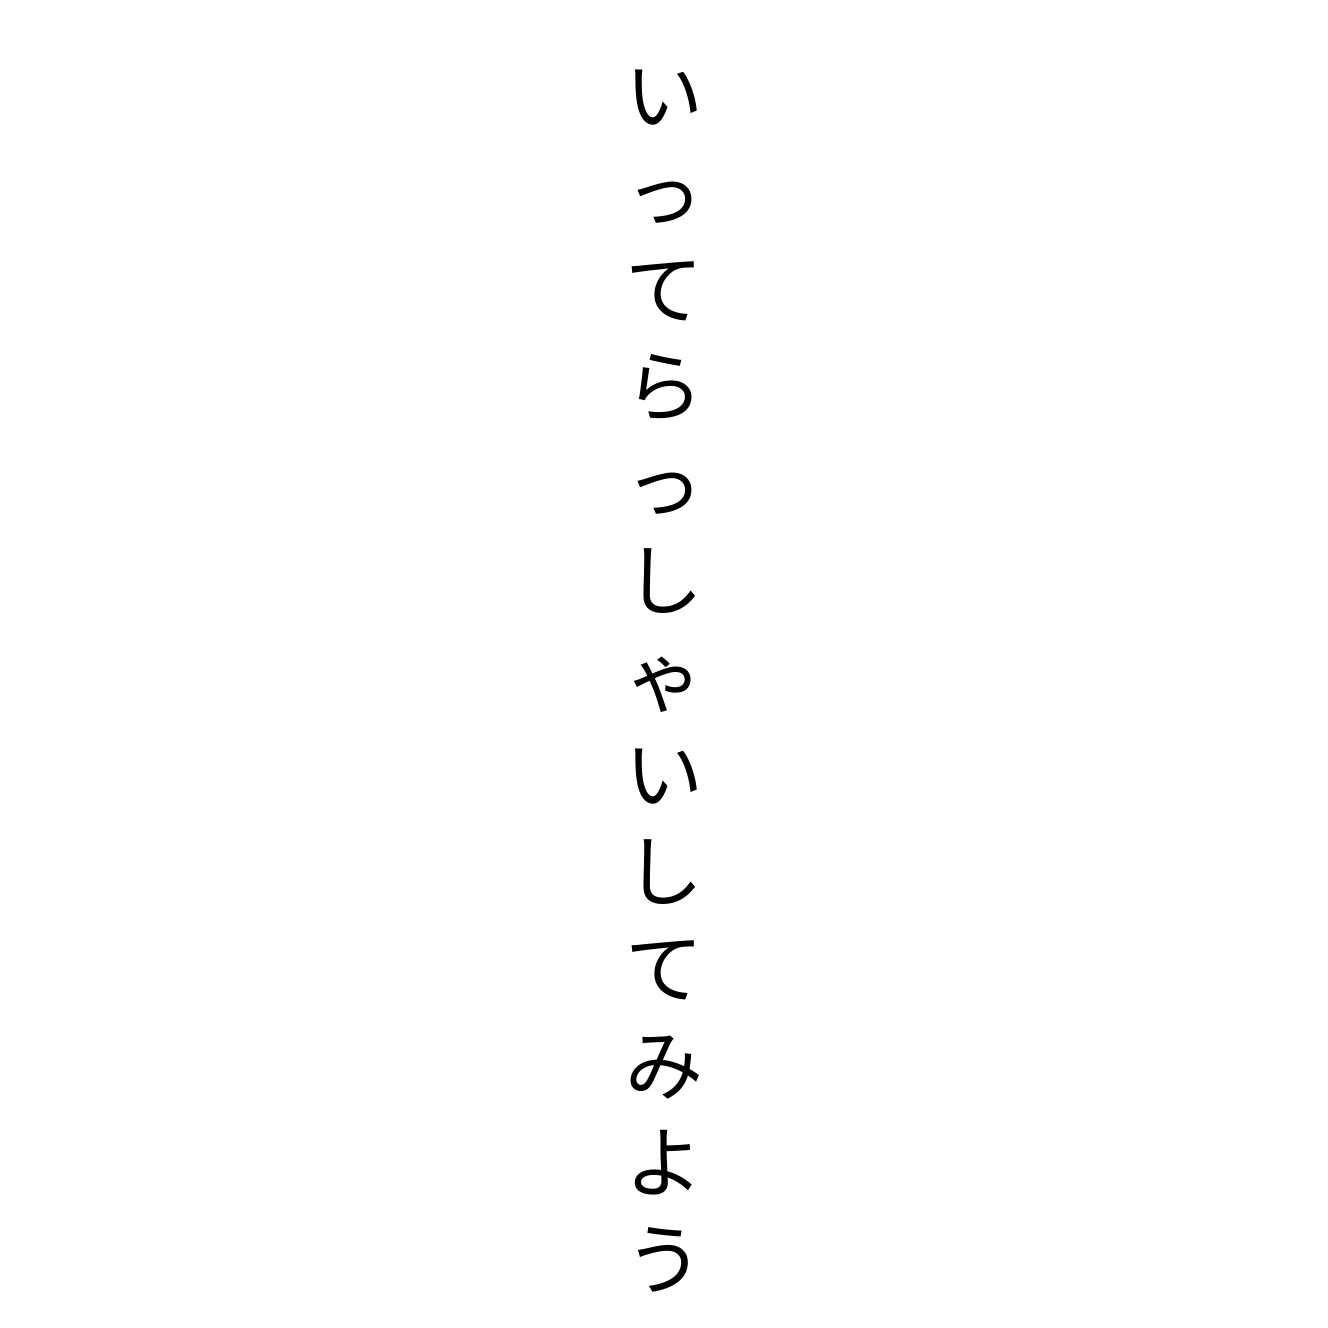
いってらっしゃいしてみよう